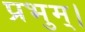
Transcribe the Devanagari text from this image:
प्रभुम्।